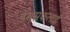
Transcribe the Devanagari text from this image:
डेमसफलाई